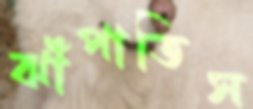
ঝাঁপাতিস